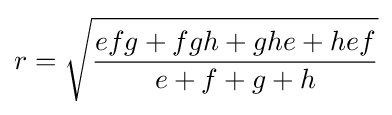
\displaystyle r={\sqrt {\frac {efg+fgh+ghe+hef}{e+f+g+h}}}